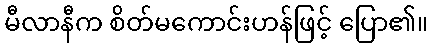
မီလာနီက စိတ်မကောင်းဟန်ဖြင့် ပြော၏။